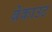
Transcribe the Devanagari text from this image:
ब्रेकाउट